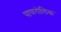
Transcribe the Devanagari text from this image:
पायरोलिक